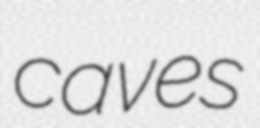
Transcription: caves